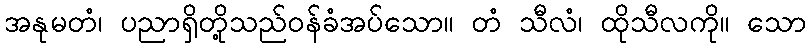
အနုမတံ၊ ပညာရှိတို့သည်ဝန်ခံအပ်သော။ တံ သီလံ၊ ထိုသီလကို။ သော